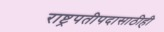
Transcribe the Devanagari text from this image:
राष्ट्रपतीपदासाठीही